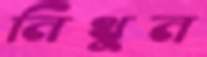
নিথুন